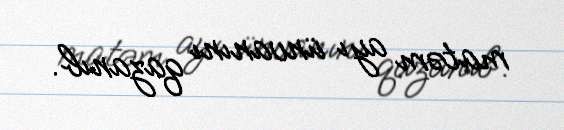
matəm ayı ünvanını qazanıb.